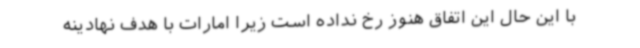
با این حال این اتفاق هنوز رخ نداده است زیرا امارات با هدف نهادینه